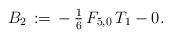
LaTeX: \begin{align*}B_2\,:=\,-\,\tfrac{1}{6}\,F_{5,0}\,T_1-0.\end{align*}